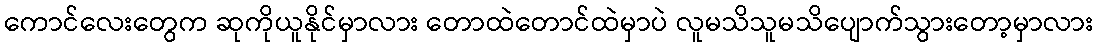
ကောင်လေးတွေက ဆုကိုယူနိုင်မှာလား တောထဲတောင်ထဲမှာပဲ လူမသိသူမသိပျောက်သွားတော့မှာလား